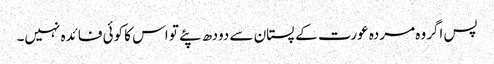
پس اگروہ مردہ عورت کے پستان سے دودھ پئے تو اس کا کوئی فائدہ نہیں۔